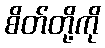
စိတ်တို့ကို